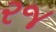
રજ